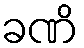
ခဏိ